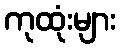
ကုထုံးများ